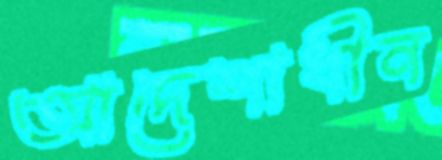
আদেশাধীন